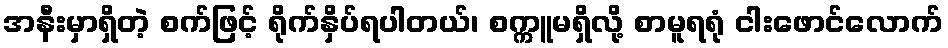
အနီးမှာရှိတဲ့ စက်ဖြင့် ရိုက်နှိပ်ရပါတယ်၊ စက္ကူမရှိလို့ စာမူရရုံ ငါးဖောင်လောက်